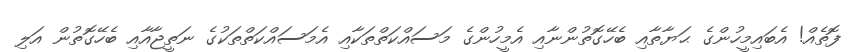
ފޮތެއް! އެބައިމީހުންގެ ޙަޔާތާއި ބެހޭގޮތުންނާއި އެމީހުންގެ މަސައްކަތްތަކާއި އެމަސައްކަތްތަކުގެ ނަތީޖާއާއި ބެހޭގޮތުން އަލި